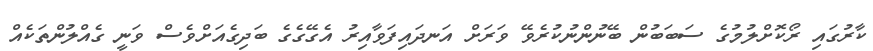
ކާރުގައި ރޯކޮށްލުމުގެ ސަބަބުން ބޭނުންނުކުރެވޭ ވަރަށް އަނދައިފަވާއިރު އެގޭގެގެ ބަދިގެއަށްވެސް ވަނީ ގެއްލުންތަކެއް